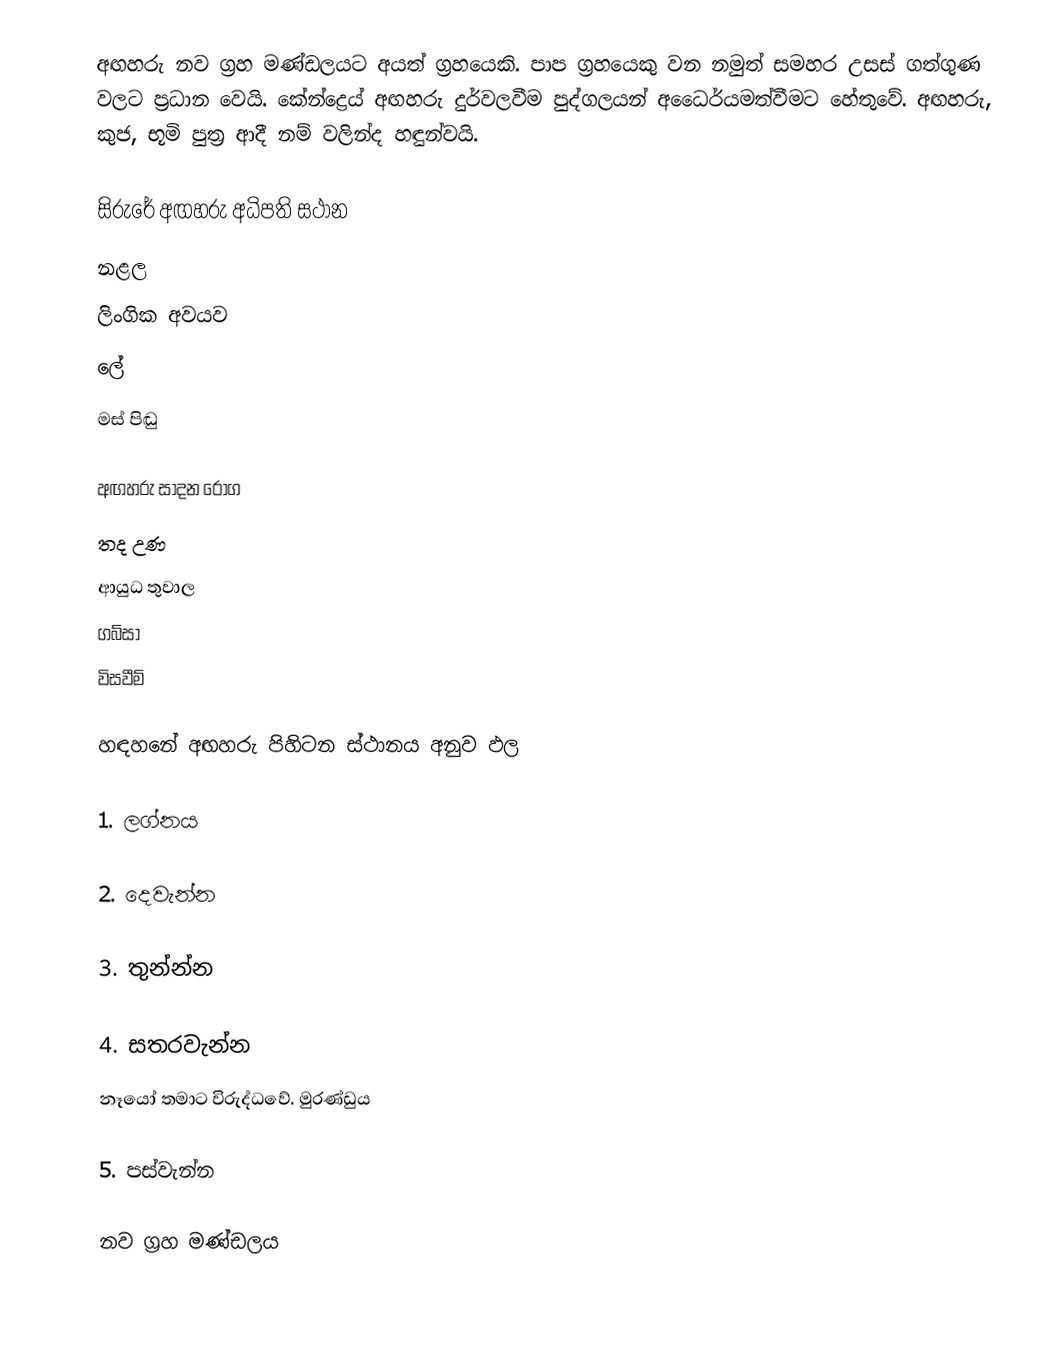
අඟහරු නව ග්‍රහ මණ්ඩලයට අයත් ග්‍රහයෙකි. පාප ග්‍රහයෙකු වන නමුත් සමහර උසස් ගත්ගුණ වලට ප්‍රධාන වෙයි. කේන්ද්‍රෙය් අඟහරු දුර්වලවීම පුද්ගලයන් අධෛර්යමත්වීමට හේතුවේ.  අඟහරු, කුජ, භූමි පුත්‍ර ආදී නම් වලින්ද හඳුන්වයි.

සිරුරේ අඟහරු අධිපති ස‍්ථාන
 නළල
 ලිංගික අවයව
 ලේ
 මස් පිඬු

අඟහරු සාදන රොග
 තද උණ
 ආයුධ තුවාල
 ගබ්සා
 විසවීම්

හඳහනේ අඟහරු පිහිටන ස්ථානය අනුව ඵල

1. ලග්නය

2. දෙවැන්න

3. තුන්න්න

4. සතරවැන්න
නෑයෝ තමාට විරුද්ධවේ. මුරණ්ඩුය

5. පස්වැන්න

නව ග්‍රහ මණ්ඩලය